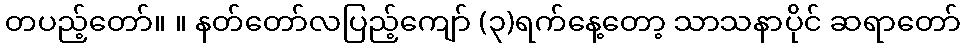
တပည့်တော်။ ။ နတ်တော်လပြည့်ကျော် (၃)ရက်နေ့တော့ သာသနာပိုင် ဆရာတော်